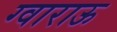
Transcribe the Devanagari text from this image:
ग्वाराऊ